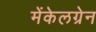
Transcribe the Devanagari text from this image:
मेंकेलग्रेन